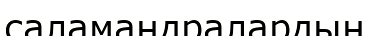
саламандралардың